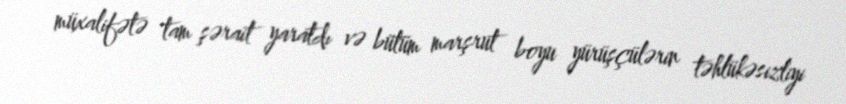
müxalifətə tam şərait yaratdı və bütüm marşrut boyu yürüşçülərin təhlükəsizliyi